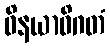
ဝိနယာဓိဂတံ